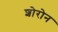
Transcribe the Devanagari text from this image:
शोरोन